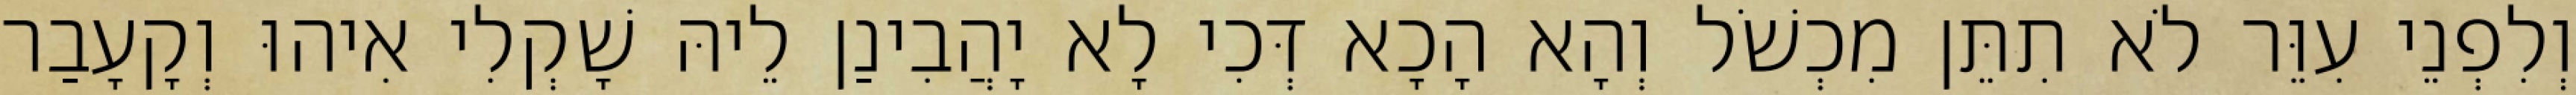
וְלִפְנֵי עִוֵּר לֹא תִתֵּן מִכְשֹׁל וְהָא הָכָא דְּכִי לָא יָהֲבִינַן לֵיהּ שָׁקְלִי אִיהוּ וְקָעָבַר